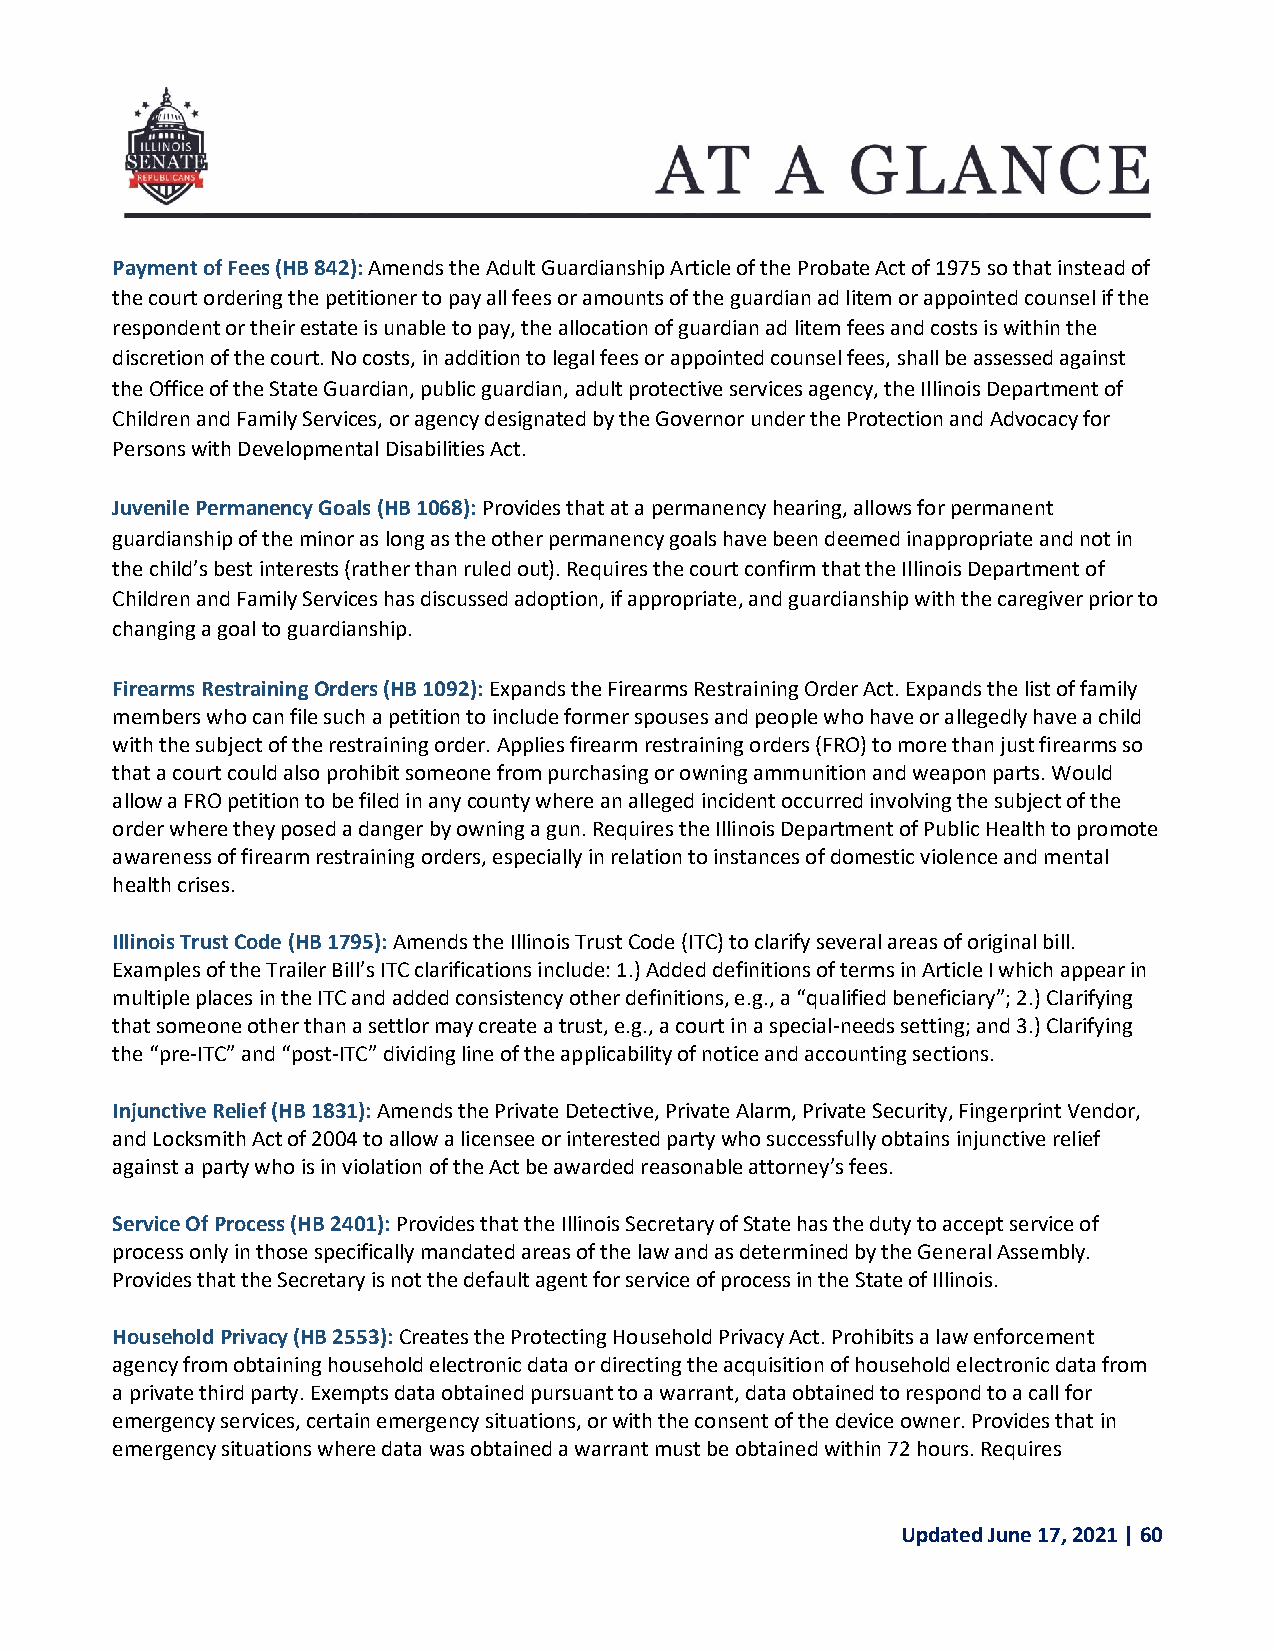
Payment of Fees (HB 842): Amends the Adult Guardianship Article of the Probate Act of 1975 so that instead of
 the court ordering the petitioner to pay all fees or amounts of the guardian ad litem or appointed counsel if the
 respondent or their estate is unable to pay, the allocation of guardian ad litem fees and costs is within the
 discretion of the court. No costs, in addition to legal fees or appointed counsel fees, shall be assessed against
 the Office of the State Guardian, public guardian, adult protective services agency, the Illinois Department of
 Children and Family Services, or agency designated by the Governor under the Protection and Advocacy for
 Persons with Developmental Disabilities Act.
 Juvenile Permanency Goals (HB 1068): Provides that at a permanency hearing, allows for permanent
 guardianship of the minor as long as the other permanency goals have been deemed inappropriate and not in
 the child’s best interests (rather than ruled out). Requires the court confirm that the Illinois Department of
 Children and Family Services has discussed adoption, if appropriate, and guardianship with the caregiver prior to
 changing a goal to guardianship.
 Firearms Restraining Orders (HB 1092): Expands the Firearms Restraining Order Act. Expands the list of family
 members who can file such a petition to include former spouses and people who have or allegedly have a child
 with the subject of the restraining order. Applies firearm restraining orders (FRO) to more than just firearms so
 that a court could also prohibit someone from purchasing or owning ammunition and weapon parts. Would
 allow a FRO petition to be filed in any county where an alleged incident occurred involving the subject of the
 order where they posed a danger by owning a gun. Requires the Illinois Department of Public Health to promote
 awareness of firearm restraining orders, especially in relation to instances of domestic violence and mental
 health crises.
 Illinois Trust Code (HB 1795): Amends the Illinois Trust Code (ITC) to clarify several areas of original bill.
 Examples of the Trailer Bill’s ITC clarifications include: 1.) Added definitions of terms in Article I which appear in
 multiple places in the ITC and added consistency other definitions, e.g., a “qualified beneficiary”; 2.) Clarifying
 that someone other than a settlor may create a trust, e.g., a court in a special-needs setting; and 3.) Clarifying
 the “pre-ITC” and “post-ITC” dividing line of the applicability of notice and accounting sections.
 Injunctive Relief (HB 1831): Amends the Private Detective, Private Alarm, Private Security, Fingerprint Vendor,
 and Locksmith Act of 2004 to allow a licensee or interested party who successfully obtains injunctive relief
 against a party who is in violation of the Act be awarded reasonable attorney’s fees.
 Service Of Process (HB 2401): Provides that the Illinois Secretary of State has the duty to accept service of
 process only in those specifically mandated areas of the law and as determined by the General Assembly.
 Provides that the Secretary is not the default agent for service of process in the State of Illinois.
 Household Privacy (HB 2553): Creates the Protecting Household Privacy Act. Prohibits a law enforcement
 agency from obtaining household electronic data or directing the acquisition of household electronic data from
 a private third party. Exempts data obtained pursuant to a warrant, data obtained to respond to a call for
 emergency services, certain emergency situations, or with the consent of the device owner. Provides that in
 emergency situations where data was obtained a warrant must be obtained within 72 hours. Requires
 Updated June 17, 2021 | 60